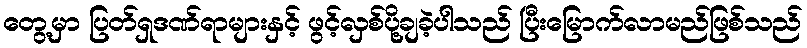
တွေ့မှာ ပြတ်ရှဒဏ်ရာများနှင့် ဖွင့်လှစ်ပို့ချခဲ့ပါသည် ပြီးမြောက်လာမည်ဖြစ်သည်